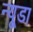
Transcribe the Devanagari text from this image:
न्यूडा